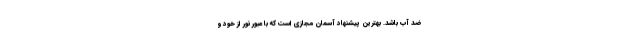
ضد آب باشد. بهترین پیشنهاد آسمان مجازی است که با عبور نور از خود و